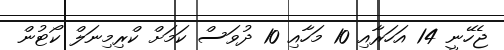
ޖެހޭނީ 14 އަހަރާއި 10 މަހާއި 10 ދުވަސް ކަމަށް ކްރިމިނަލް ކޯޓުން